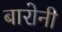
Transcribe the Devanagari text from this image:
बारोनी